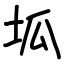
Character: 坬